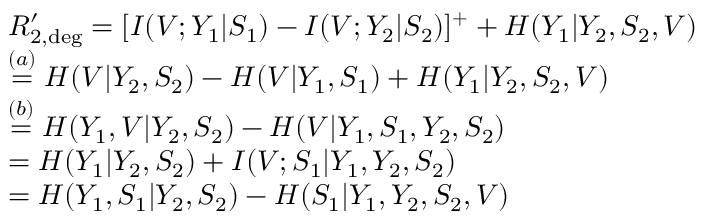
\begin{array} { r l } & { R _ { 2 , \mathrm { d e g } } ^ { \prime } = [ I ( V ; Y _ { 1 } | S _ { 1 } ) - I ( V ; Y _ { 2 } | S _ { 2 } ) ] ^ { + } + H ( Y _ { 1 } | Y _ { 2 } , S _ { 2 } , V ) } \\ & { \overset { ( a ) } { = } H ( V | Y _ { 2 } , S _ { 2 } ) - H ( V | Y _ { 1 } , S _ { 1 } ) + H ( Y _ { 1 } | Y _ { 2 } , S _ { 2 } , V ) } \\ & { \overset { ( b ) } { = } H ( Y _ { 1 } , V | Y _ { 2 } , S _ { 2 } ) - H ( V | Y _ { 1 } , S _ { 1 } , Y _ { 2 } , S _ { 2 } ) } \\ & { = H ( Y _ { 1 } | Y _ { 2 } , S _ { 2 } ) + I ( V ; S _ { 1 } | Y _ { 1 } , Y _ { 2 } , S _ { 2 } ) } \\ & { = H ( Y _ { 1 } , S _ { 1 } | Y _ { 2 } , S _ { 2 } ) - H ( S _ { 1 } | Y _ { 1 } , Y _ { 2 } , S _ { 2 } , V ) } \end{array}